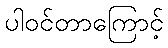
ပါဝင်တာကြောင့်